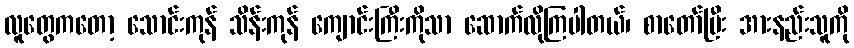
လူတွေကတော့ သောင်းကုန် သိန်းကုန် ကျောင်းကြီးကိုသာ ဆောက်လိုကြပါတယ်၊ စာတော်ပြီး အားနည်းသူကို